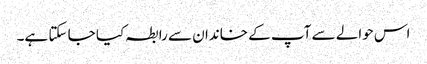
اس حوالے سے آپ کے خاندان سے رابطہ کیا جا سکتا ہے۔